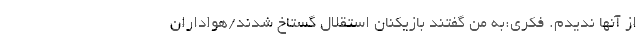
از آنها ندیدم. فکری:به من گفتند بازیکنان استقلال گستاخ شدند/هواداران